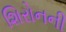
શિરોનની